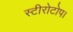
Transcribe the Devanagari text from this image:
स्टीरोटोप।